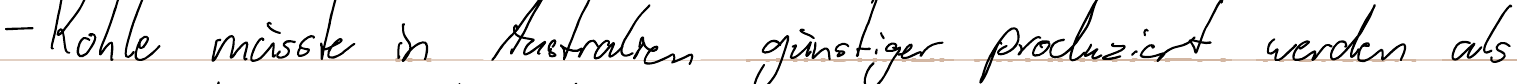
- Kohle müsste in Australien günstiger produziert werden als